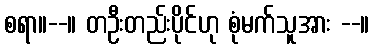
စရာ။--။ တဦးတည်းပိုင်ဟု စုံမက်သူအား --။